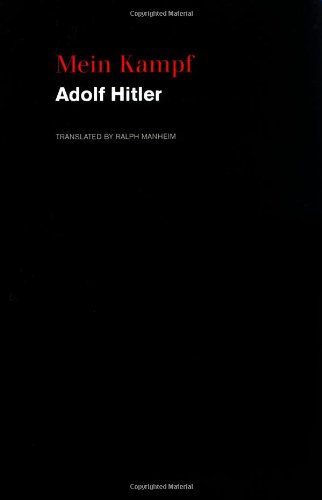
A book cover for Mein Kampf; Adolf Hitler; Biographies & Memoirs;